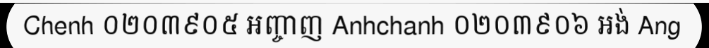
Chenh ០២០៣៩០៥ អញ្ចាញ Anhchanh ០២០៣៩០៦ អង់ Ang